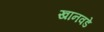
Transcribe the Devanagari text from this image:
खानवडे